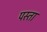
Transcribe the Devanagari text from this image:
पस्ता